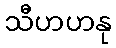
သီဟဟနု